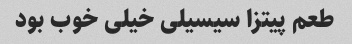
طعم پیتزا سیسیلی خیلی خوب بود